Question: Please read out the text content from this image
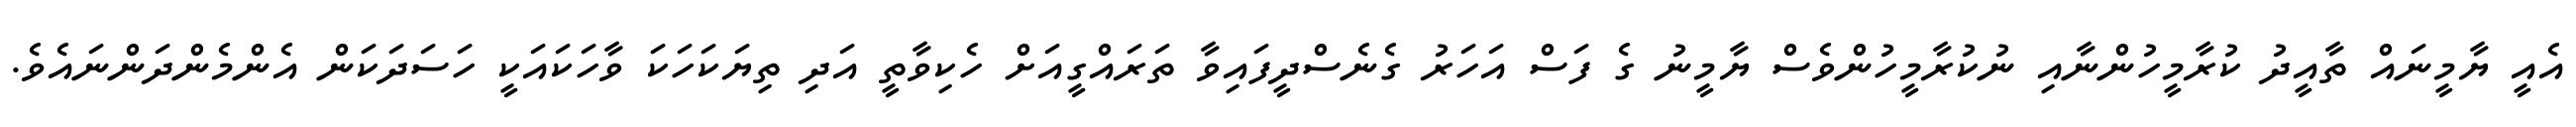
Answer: އެއީ ޔާމީނައް ތާއީދު ކުރާމީހުންނާއި ނުކުރާމީހުންވެސް ޔާމީނު ގެ ފަސް އަހަރު ގެނެސްދީފައިވާ ތަރައްގީއަށް ހެކިވާތީ އަދި ތިޔަކަހަކަ ވާހަކައަކީ ހަސަދަކަން އެންމެންދަންނައެވެ.